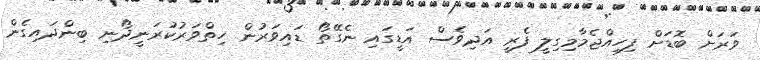
ވަރަށް ބޮޑަށް ފިހިއްޖެމާމިގިލީ ފެރީ އަދިވެސް އަޑީގައި ނެގޭތޯ ޑައިވަރުން ހިތްވަރުކުރަނީދޯނި ބިންދައިގެން